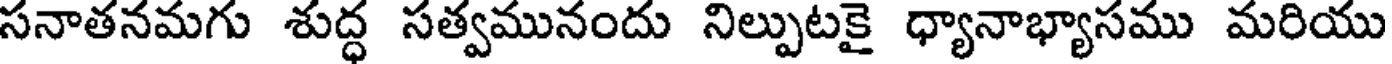
సనాతనమగు శుద్ధ సత్వమునందు నిల్పుటకై ధ్యానాభ్యాసము మరియు